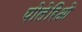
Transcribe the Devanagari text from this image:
पोलेरिओ